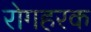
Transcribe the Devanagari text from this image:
रोगहरक